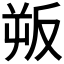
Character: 𭆯